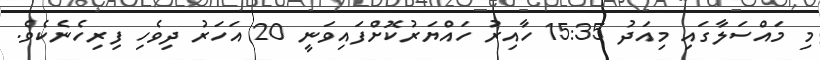
މި މައްސަލާގައި މިއަދު 15:35 ހާއިރު ހައްޔަރުކޮށްފައިވަނީ 20 އަހަރު ދިވެހި ފިރިހެނެކެވެ.